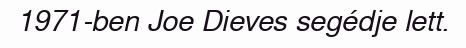
1971-ben Joe Dieves segédje lett.